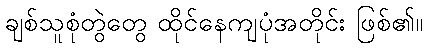
ချစ်သူစုံတွဲတွေ ထိုင်နေကျပုံအတိုင်း ဖြစ်၏။